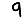
Digit: 9